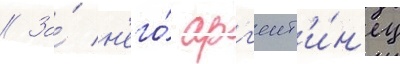
// За́ н'его́ арг'ент'и́н'ец